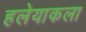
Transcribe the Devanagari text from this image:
हलेयाकला